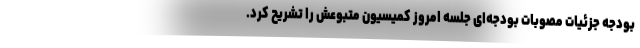
بودجه جزئیات مصوبات بودجه‌ای جلسه امروز کمیسیون متبوعش را تشریح کرد.